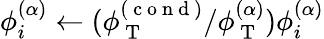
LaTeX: \phi_{i}^{(\alpha)}\leftarrow(\phi_{\mathrm{~T~}}^{(\mathrm{~c~o~n~d~})}/\phi_{\mathrm{~T~}}^{(\alpha)})\phi_{i}^{(\alpha)}